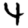
Digit: 4